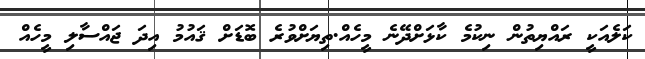
ކަލެއަކީ ރައްޔިތުން ނިކުމެ ކާޅަށްދޭނެ މީހެއް.ތިޔަށްވުރެ ބޮޑަށް ޤައުމު އިދަ ޖައްސާލި މީހެއް